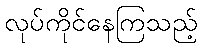
လုပ်ကိုင်နေကြသည့်